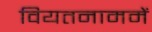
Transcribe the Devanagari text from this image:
वियतनाममें